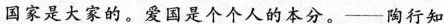
国家是大家的。爱国是个个人的本分。——陶行知